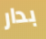
بدار